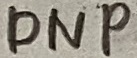
Text: DNP